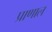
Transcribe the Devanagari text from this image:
प्राणाल